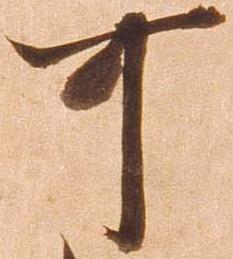
可